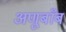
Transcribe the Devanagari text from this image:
अणूबाँब